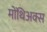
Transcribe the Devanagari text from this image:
मोंथिअक्स